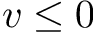
v \leq 0